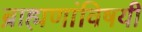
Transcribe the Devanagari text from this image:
ब्राह्मणांविषयी